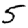
Digit: 5